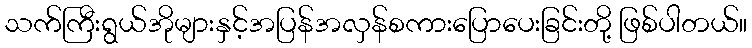
သက်ကြီးရွယ်အိုများနှင့်အပြန်အလှန်စကားပြောပေးခြင်းတို့ ဖြစ်ပါတယ်။